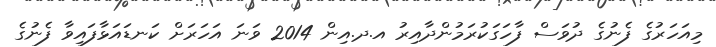
މިއަހަރުގެ ފެނުގެ ދުވަސް ފާހަގަކުރަމުންދާއިރު އ.ދ.އިން 2014 ވަނަ އަހަރަށް ކަނޑައަޅާފައިވާ ފެނުގެ